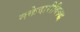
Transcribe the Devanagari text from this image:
मक्तेदारीविरुद्ध